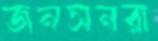
জনসনরা